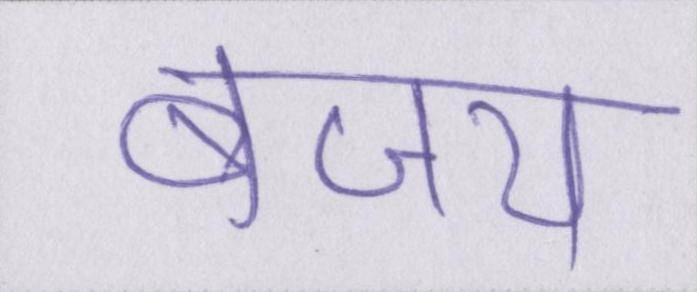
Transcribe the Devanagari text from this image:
बजाय